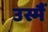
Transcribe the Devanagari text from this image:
उस्मैं